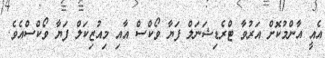
އެއީ އާންމުކޮށް އަރުވާ ޓްރެޑިޝަނަލް ފަޔާ ވޯކްސް އާއި މިއުޒިކަލް ފަޔާ ވޯކްސްއެވެ.